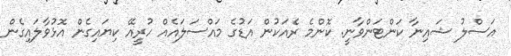
އަސްލު ޝައިނާ ކަންޓަންވާނީ. ކޮންމެ ރެއަކުން އަޑުގެ މައްސަލައެއް ހުރީއޭ ކިޔައިގެން އޮޅުވާލައިގެން